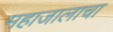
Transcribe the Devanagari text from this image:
महाजालाचा